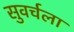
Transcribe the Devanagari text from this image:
सुवर्चला